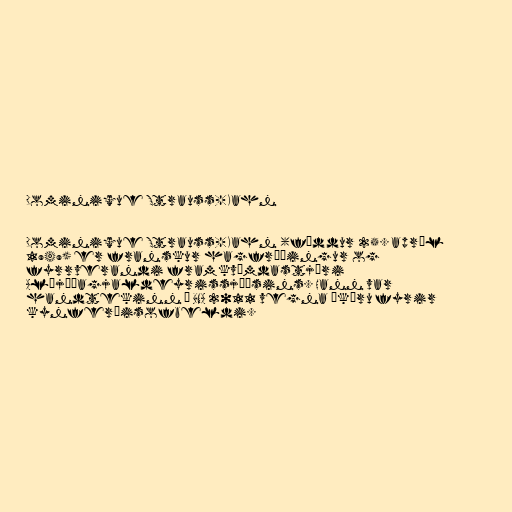
Dominique Strauss-Kahn

Dominique Strauss-Kahn (fæddur 25. apríl
1949) er franskur hagfræðingur og
fyrrverandi framkvæmdastjóri
Alþjóðagjaldeyrissjóðsins. Hann var
handtekinn í BNA 2011 vegna ákæru fyrir
kynferðisofbeldi.